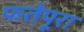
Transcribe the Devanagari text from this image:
फतेपूरा